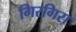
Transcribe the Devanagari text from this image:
गिरगिरा